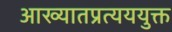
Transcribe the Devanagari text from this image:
आख्यातप्रत्यययुक्त